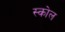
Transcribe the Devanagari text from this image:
स्कोल